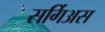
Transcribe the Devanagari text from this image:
सर्गिअस